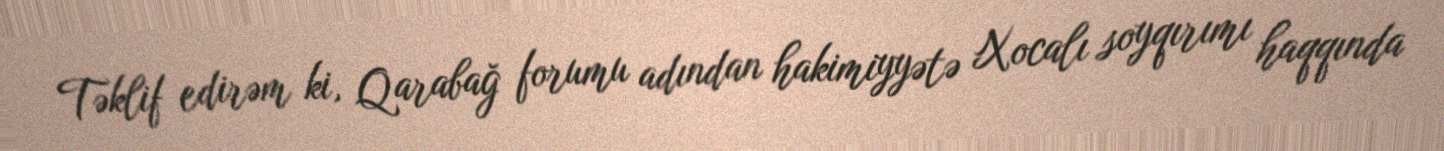
Təklif edirəm ki, Qarabağ forumu adından hakimiyyətə Xocalı soyqırımı haqqında